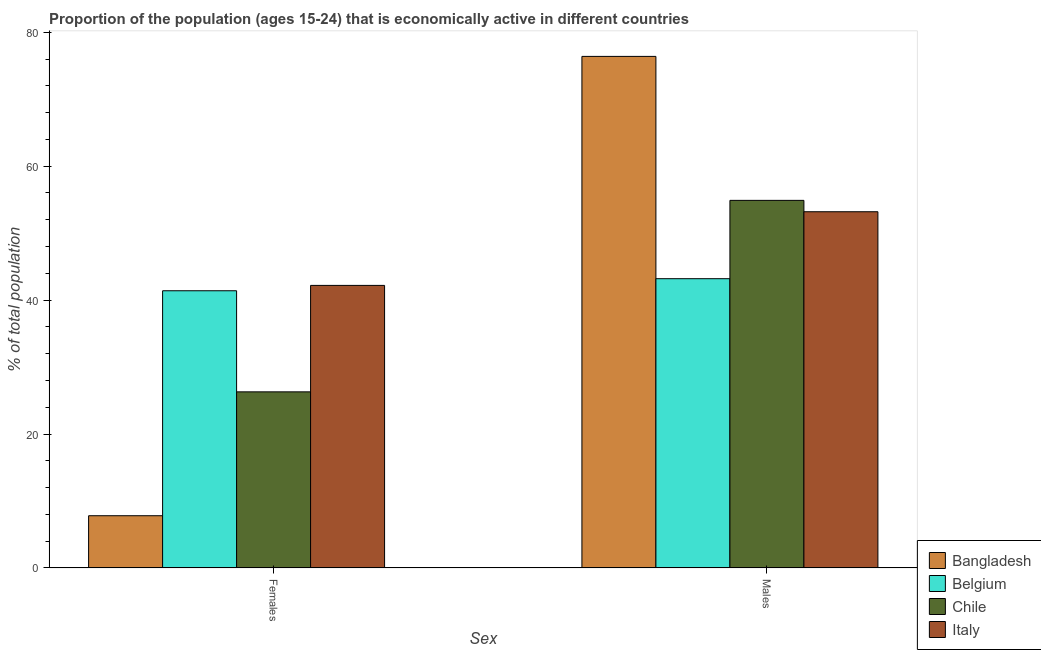
| Sex | Bangladesh | Belgium | Chile | Italy |
 | --- | --- | --- | --- | --- |
 | Females | 7.8 | 41.4 | 26.3 | 42.2 |
 | Males | 76.4 | 43.2 | 54.9 | 53.2 |